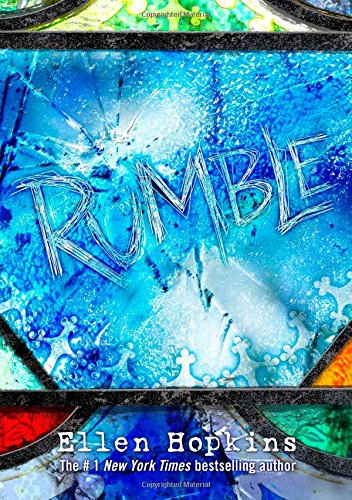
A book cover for Rumble; Ellen Hopkins; Literature & Fiction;